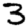
Digit: 3